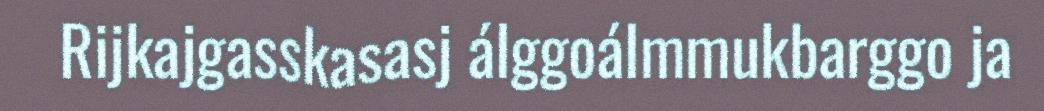
Rijkajgasskasasj álggoálmmukbarggo ja